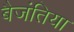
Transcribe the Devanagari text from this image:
बैजंतिया